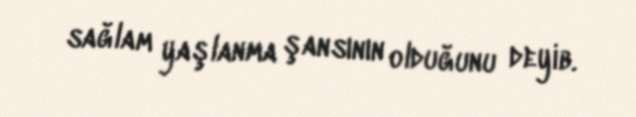
sağlam yaşlanma şansının olduğunu deyib.